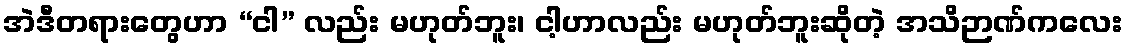
အဲဒီတရားတွေဟာ “ငါ” လည်း မဟုတ်ဘူး၊ ငါ့ဟာလည်း မဟုတ်ဘူးဆိုတဲ့ အသိဉာဏ်ကလေး